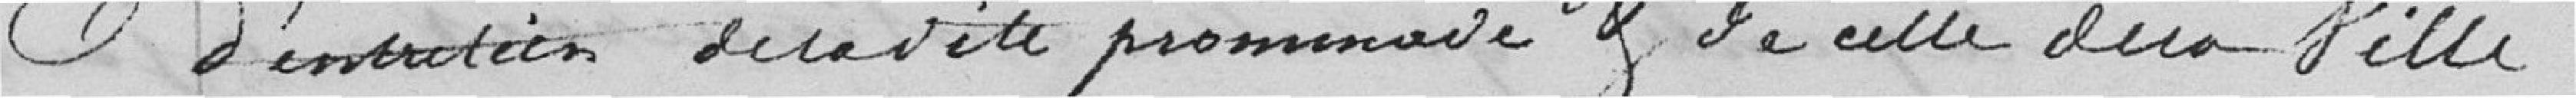
d'entretien de la dite promenade et de celle de la ville.